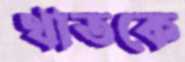
থাতকে